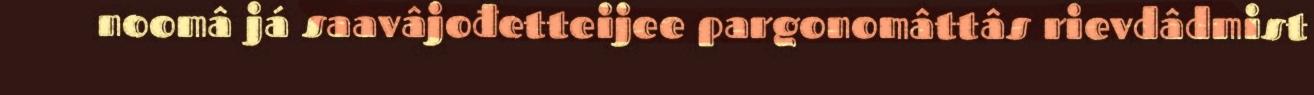
noomâ já saavâjođetteijee pargonomâttâs rievdâdmist